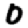
Digit: 0